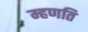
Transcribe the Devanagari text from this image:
म्हणति